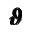
\pmb { \vartheta }